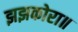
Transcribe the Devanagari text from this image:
झझकोरा॥